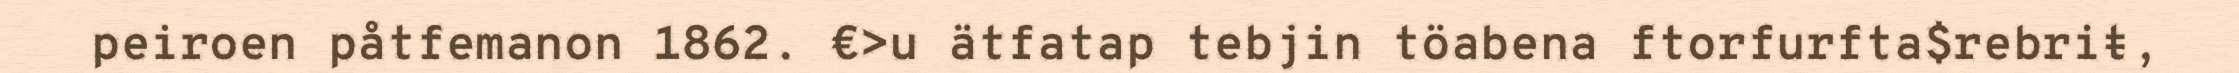
peiroen påtfemanon 1862. €>u ätfatap tebjin töabena ftorfurfta$rebriŧ,